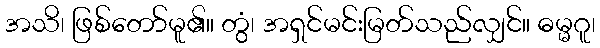
အသိ၊ ဖြစ်တော်မူ၏။ တွံ၊ အရှင်မင်းမြတ်သည်လျှင်။ ဓမ္မဂူ၊